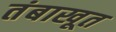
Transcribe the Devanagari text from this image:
तंबाखूत